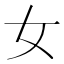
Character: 女